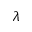
\lambda